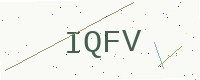
Text: IQFV